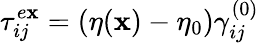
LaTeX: \tau_{ij}^{e\mathbf{x}}=(\eta(\boldsymbol{\mathbf{x}})-\eta_{0})\gamma_{ij}^{(0)}